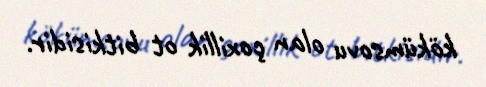
kökümsovu olan çoxillik ot bitkisidir.